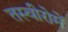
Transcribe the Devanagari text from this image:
तस्वीरोमें